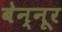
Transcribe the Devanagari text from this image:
बेन्नूर